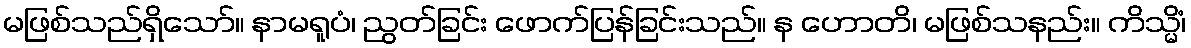
မဖြစ်သည်ရှိသော်။ နာမရူပံ၊ ညွတ်ခြင်း ဖောက်ပြန်ခြင်းသည်။ န ဟောတိ၊ မဖြစ်သနည်း။ ကိသ္မိံ၊